Sketch of the medical history of the native army of Bombay, for the year
Year: 1872
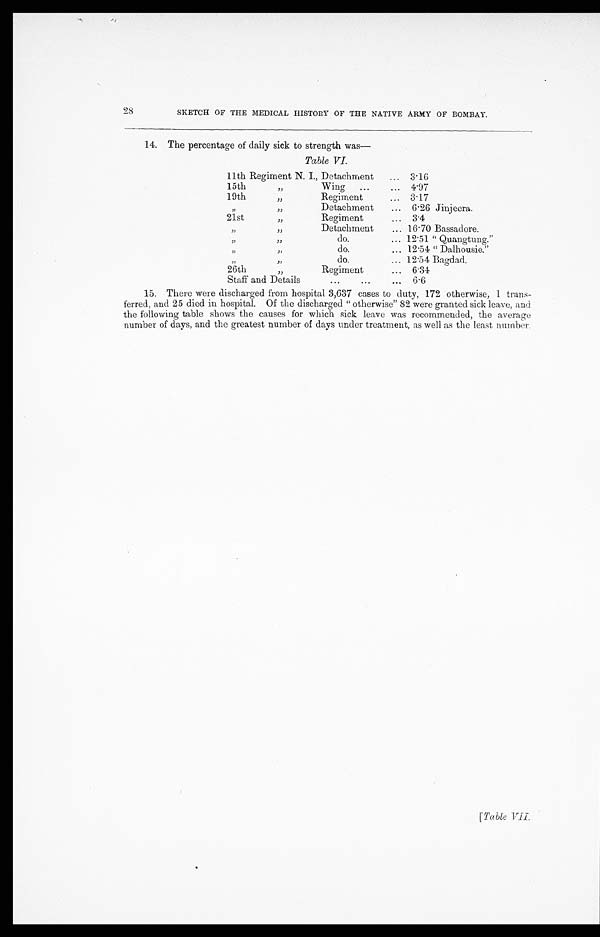
28
SKETCH OF THE MEDICAL HISTORY OF THE NATIVE ARMY OF BOMBAY.
14. The percentage of daily sick to strength was
—
Table VI.
11th Regiment N. I., Detachment . . . 3.16
15th " Wing . . . 4.97
19th " Regiment . . .
3.17
" " Detachment . . . 6.26 Jinjeera.
21st " Regiment . . . 3.4
" "
Detachment . . . 16.70 Bassadore.
" " do. . . . 12.51 " Quangtung. "
" "do. . . . 12.54 " Dalhousie."
" " do. . . . 12.54 Bagdad.
26th " Regiment . . . 6.34
Staff and Details . . . 6.6
15. There were discharged from hospital 3,637 cases to duty, 172 otherwise, 1 trans-
ferred, and 25 died in hospital. Of the discharged "otherwise" 82 were granted sick leave, and
the following table shows the causes for which sick leave was recommended, the average
number of days, and the greatest number of days under treatment, as well as the least number.
[ T a b l e V I I .